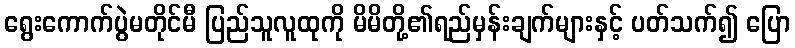
ရွေးကောက်ပွဲမတိုင်မီ ပြည်သူလူထုကို မိမိတို့၏ရည်မှန်းချက်များနှင့် ပတ်သက်၍ ပြော